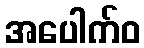
အပေါက်ဝ